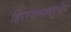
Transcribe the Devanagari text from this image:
हिरण्यकश्यपूचीच